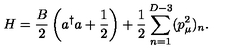
H = \frac { B } { 2 } \left( a ^ { \dag } a + \frac { 1 } { 2 } \right) + \frac { 1 } 2 \sum _ { n = 1 } ^ { D - 3 } ( p _ { \mu } ^ { 2 } ) _ { n } .